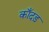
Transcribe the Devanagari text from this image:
काँदड़